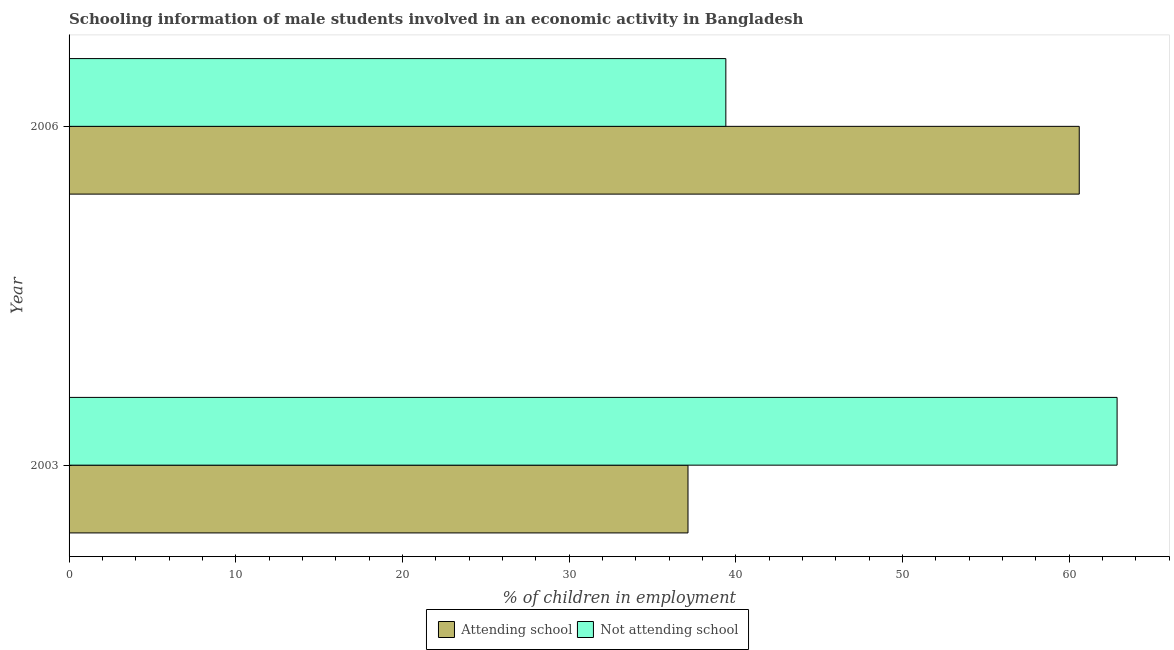
| Year | Attending school | Not attending school |
 | --- | --- | --- |
 | 2003 | 37.1 | 62.9 |
 | 2006 | 60.6 | 39.4 |